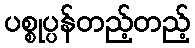
ပစ္စုပ္ပန်တည့်တည့်